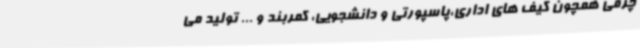
چرمی همچون کیف های اداری،پاسپورتی و دانشجویی، کمربند و ... تولید می